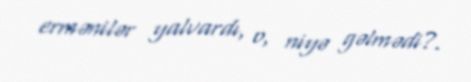
ermənilər yalvardı, o, niyə gəlmədi?.